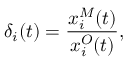
\delta _ { i } ( t ) = \frac { x _ { i } ^ { M } ( t ) } { x _ { i } ^ { O } ( t ) } ,